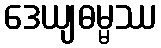
ဒေယျဓမ္မဿ